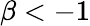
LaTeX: \beta<-1